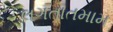
લગતાતમામ